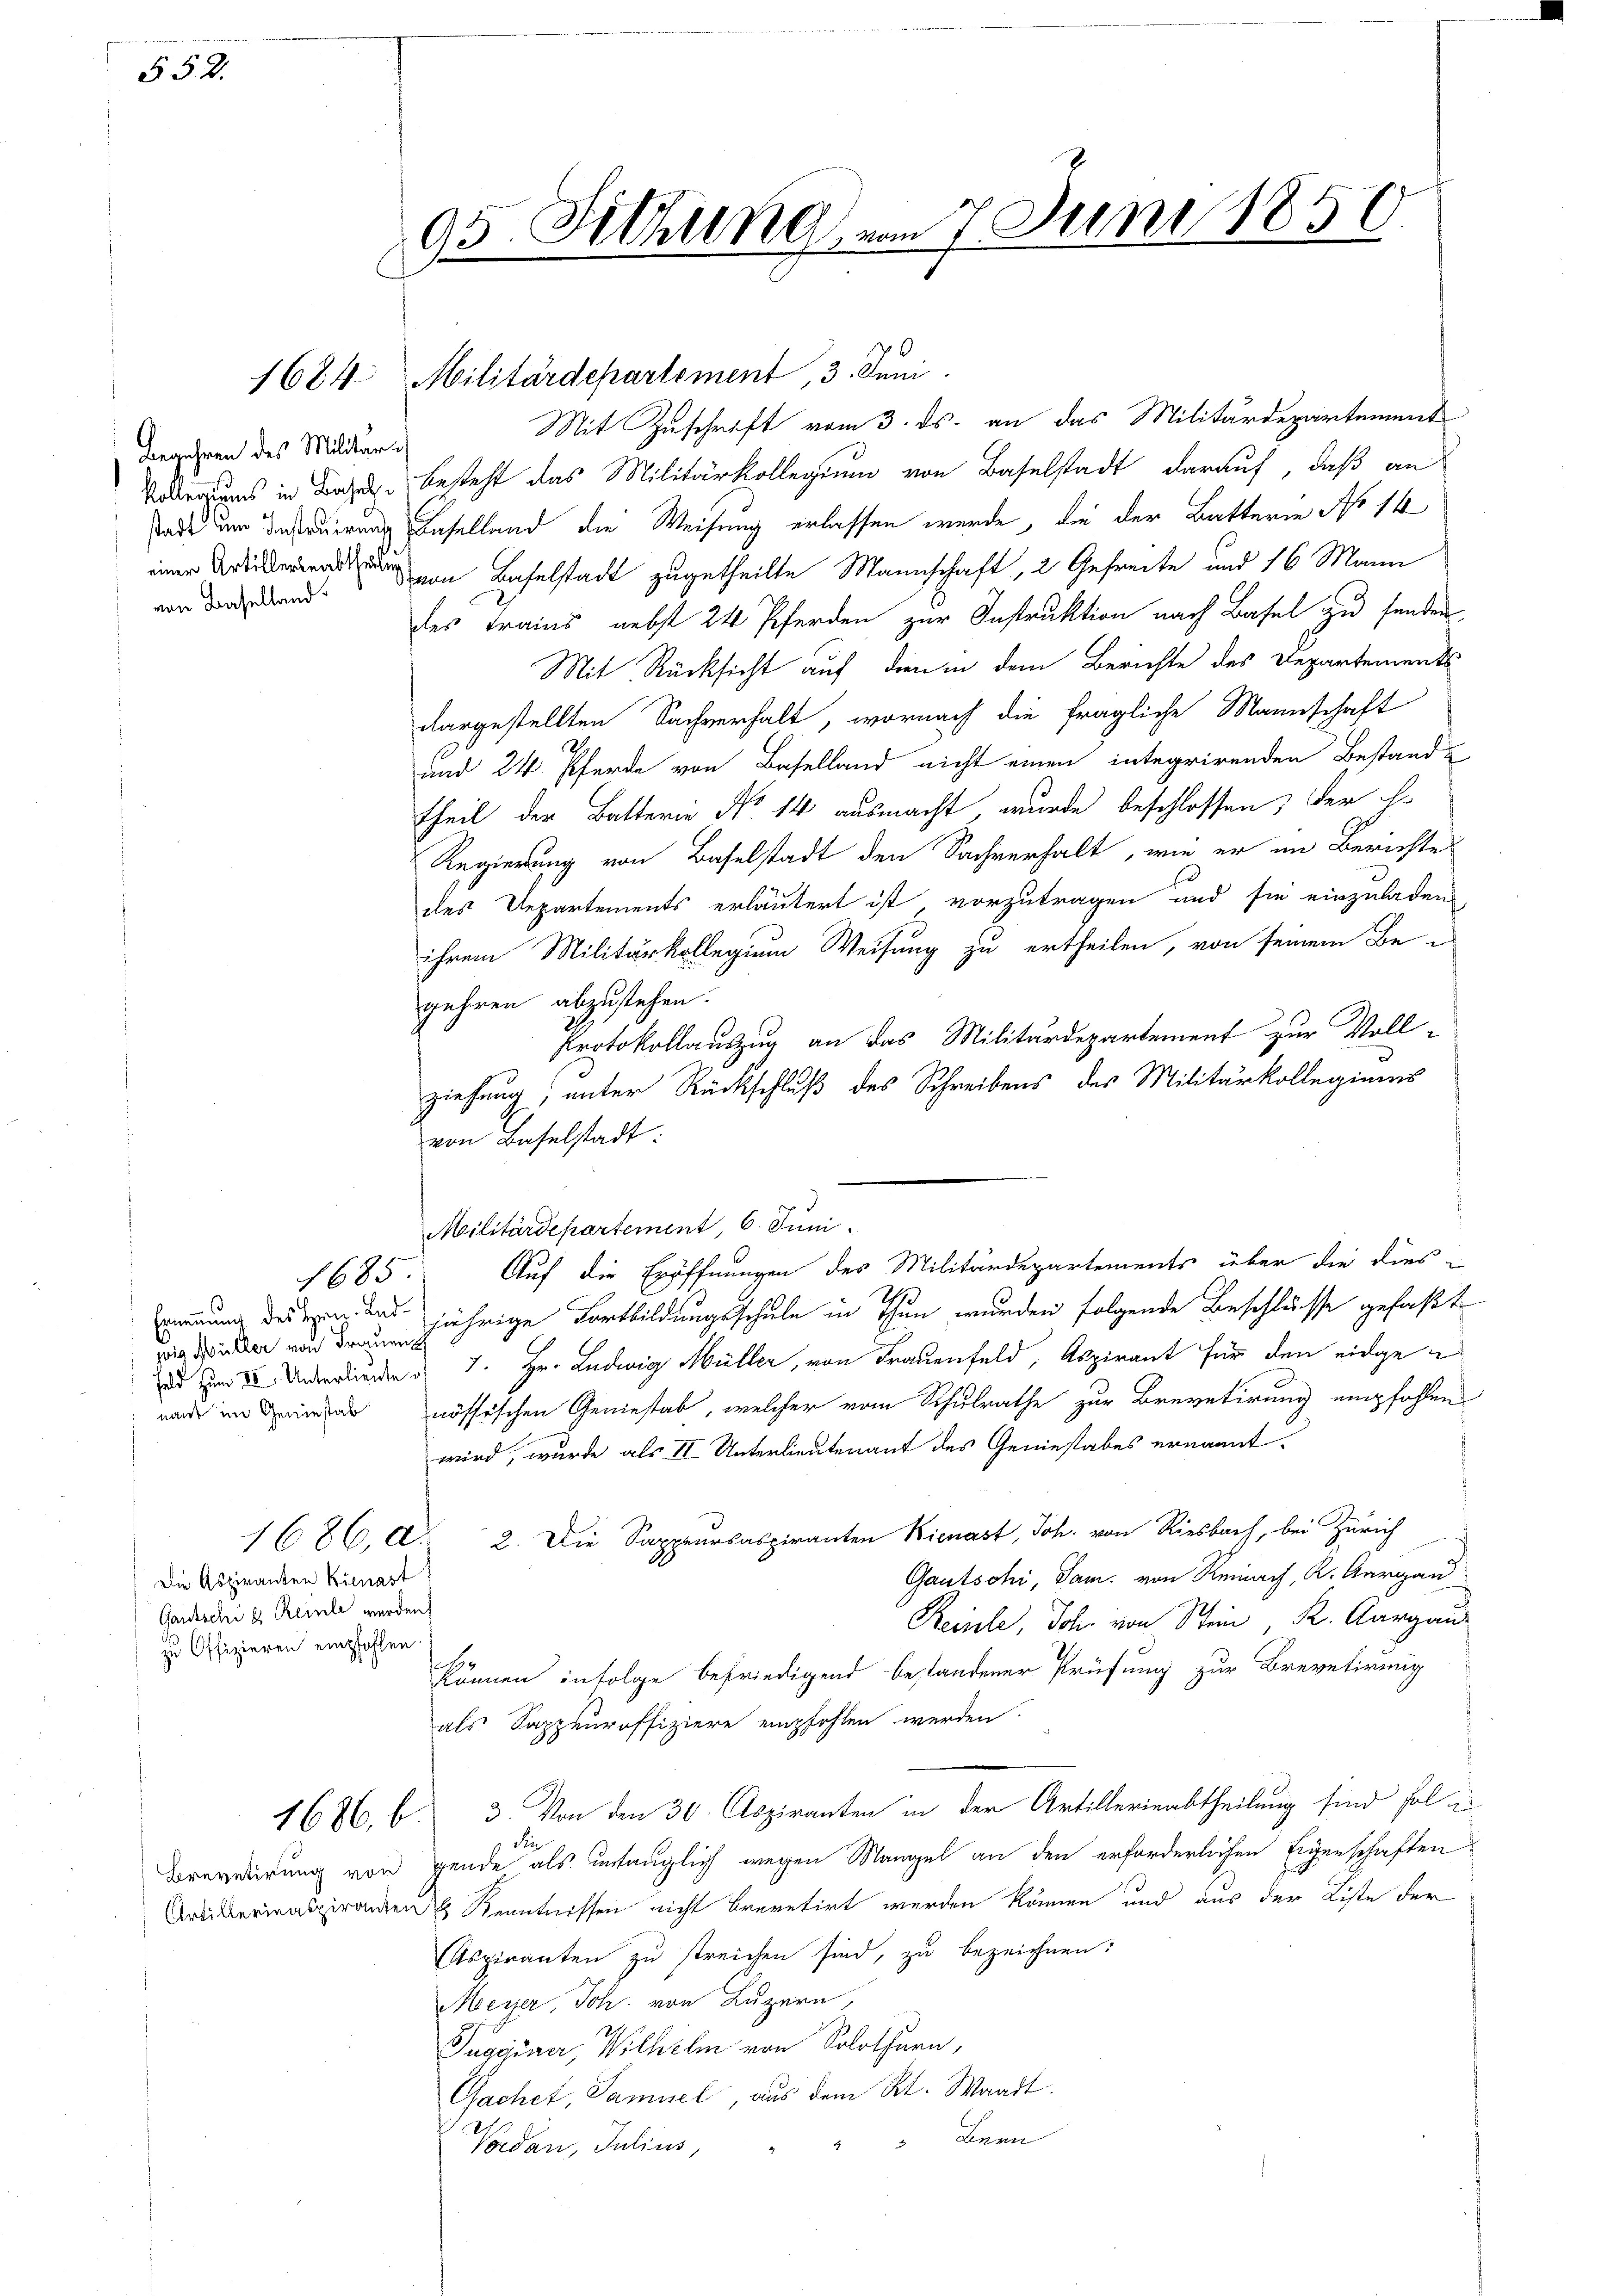
§ 52.

Begehren des Militär¬
Kollegiums in Basel
stadt um Instruirungs
von Baselland.

1685

wie Müller von Frauench
nant im Geniestal

Die Aspiranten Kienast
Gautschi k. Reinle werden.
zu Offizieren empfohlen.

93. Sitzung vom 7. Juni 1850.

1684 Militärdepartement, 3. Juni
Mit Zuschrift vom 3. ds. an das Militärdepartement
besteht das Militärkollegium von Baselstadt darauf, daß an
Baselland die Weisung erlassen werde, die der Batterin No 14
 von Baselstadt zugetheilte Mannschaft, 2 Gefreite und 16 Mann
des Trains nebst 24 Pferden zur Instruktion nach Basel zu senden,
Mit Rücksicht auf dien in dem Berichte des Departements
dargestellten Sachverhalt, wornach die fragliche Mannschaft
und 24 Pferde von Baselland nicht einen integrirenden Bestand-
theil der Batterie No 14 ausmacht, wurde beschlossen, der Er
Regierung von Baselstadt den Sachverhalt, wie er in Berichte
des Departements erläutert ist vorzutragen und sie einzuladen,
ihrem Militärkollegium Weisung zu ertheilen, von seinem Be-
gehren abzustehen.
Protokollauszug an das Militärdepartement zur Voll-
ziehung; unter Rückschluß des Schreibens des Militärkollegiums
von Baselstadt:

Militärdepartement, 6. Juni
Auf die Eröffnungen des Militärdepartements über die dies¬
 jährige Fortbildungsschule in Thun wurden folgende Beschlüsse gefaßt
 Z I Unterlieren d. 7. Hr. Ludwig Müller, von Frauenfeld, Aspirant für den eidgenössischen Geniestab, welcher vom Schulrathe zur Brevetirung empfohlen
wird, wurde als II Unterlieutenant des Geniestabes ernannt
1686, d. 2. Die Sappeursaspiranten Kienast, Joh. von Riesbach, bei Zürich
Gautschi, Sam. von Reinach, K. Aargau
Reise, Joh. von Stein K. Aargau
können infolge befriedigend bestandener Prüfung zur Brevetirung
als Sappeuroffiziere empfohlen werden.
1686, b. 3. Von den 30. Aspiranten in der Artillerieabtheilung sind fol in
die.
Brevetirung von gende als untauglich wegen Mangel an den erforderlichen Eigenschaften¬
Aristeriaspiranden Kenntnissen nicht brevetirt werden können und aus der Liste der
Aspiranten zu streichen sind, zu bezeichnen:
Meyer, Joh. von Luzern,
Tuggener, Wilhelm von Solothurn,
Gachet, Samuel, aus dem Kt. Waadt.
 Lern
Vorden, Julius,